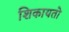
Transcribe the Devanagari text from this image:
शिकायतो